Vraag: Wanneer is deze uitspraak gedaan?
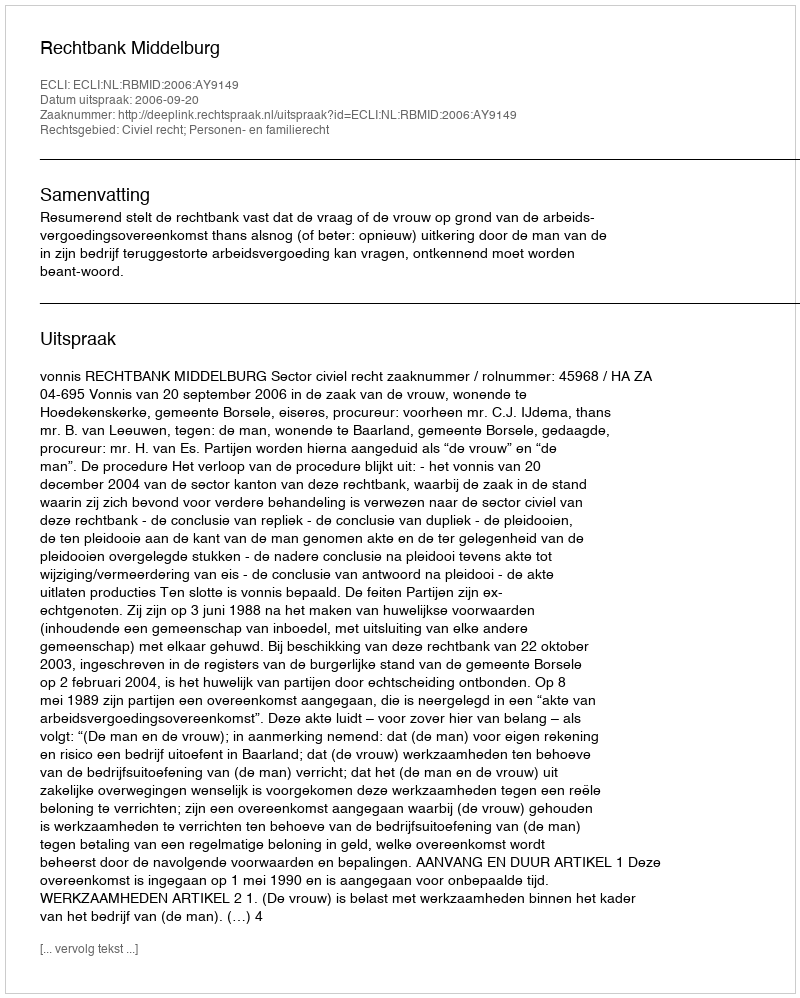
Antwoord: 2006-09-20